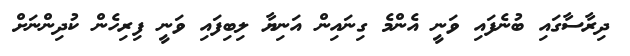
ދިރާސާގައި ބުނެފައި ވަނީ އެންމެ ގިނައިން އަނިޔާ ލިބިފައި ވަނީ ފިރިހެން ކުދިންނަށް